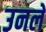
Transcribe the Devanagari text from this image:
उनले